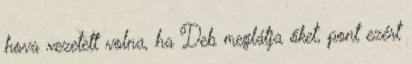
hova vezetett volna, ha Deb meglátja őket, pont ezért